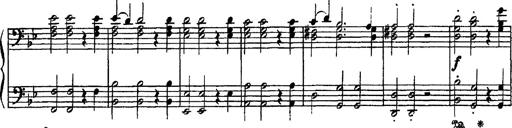
Title: Sarabande und Chaconne aus dem Singspiel
Composer: Franz Liszt